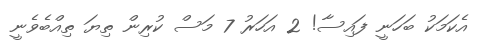
އެކަމަކު ބަހަނީ ފައިސާ! 2 އަހަރު 7 މަސް ކުރިން ތިޔަ ތިއްބެވެނީ